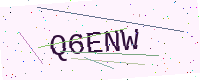
Text: Q6ENW